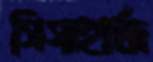
গিগাহার্জ